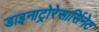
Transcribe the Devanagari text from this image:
डाइनाट्रोरेसार्सिनेट